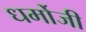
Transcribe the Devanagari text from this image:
धर्मोजी